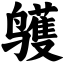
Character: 鹱